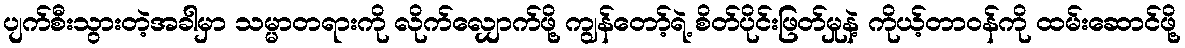
ပျက်စီးသွားတဲ့အခါမှာ သမ္မာတရားကို လိုက်လျှောက်ဖို့ ကျွန်တော့်ရဲ့ စိတ်ပိုင်းဖြတ်မှုနဲ့ ကိုယ့်တာဝန်ကို ထမ်းဆောင်ဖို့